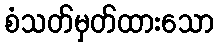
စံသတ်မှတ်ထားသော